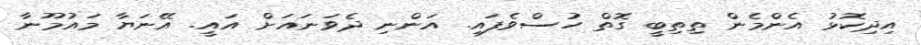
އިދިކޮޅު އެންމެން ތިތިބީ ގޮތް ހުސްވެފައި. އަންނި ދެވަނައަށް އައީ. އޭނަޔާ މައުމޫނާ